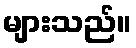
များသည်။